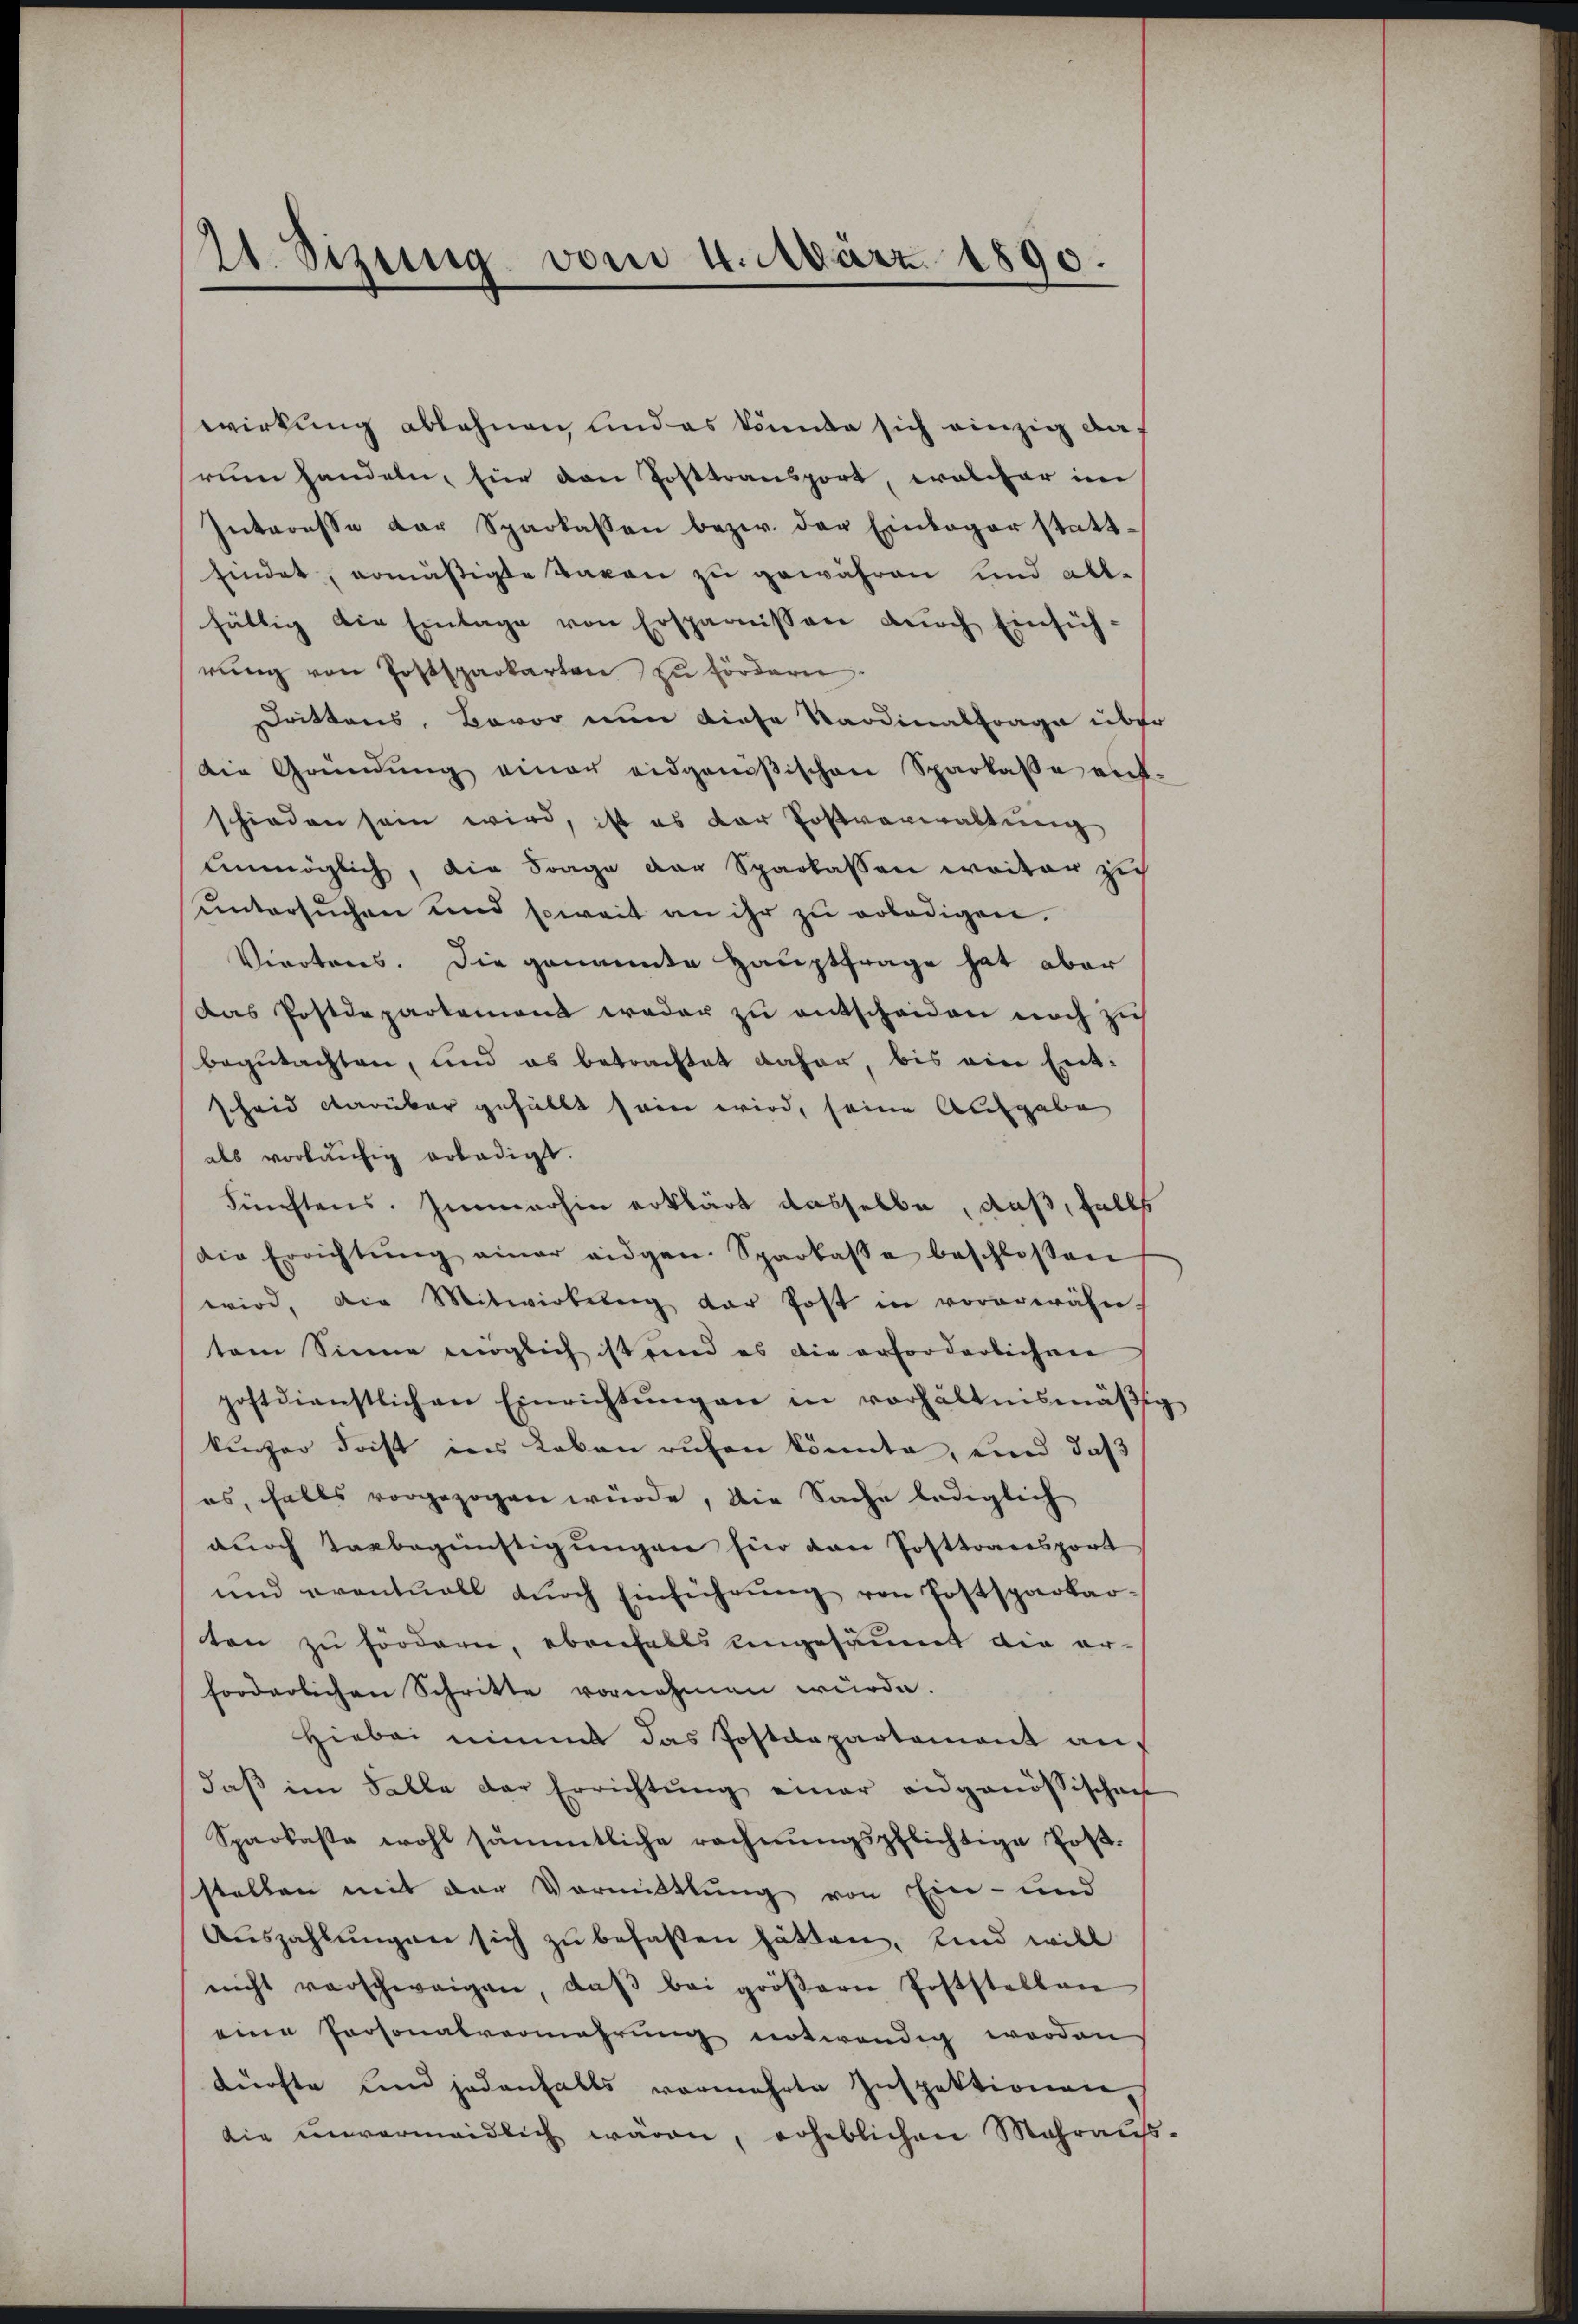
¬
A. Sizung vom 4. März. 1890.

wirkung ablehnen und es könnte sich einzig da-
rum handeln, für den Posttransport, welcher im
Interesse der Sparkassen bezw. der Einlager statt-
findet, ermäßigte Taxen zu gewähren und all-
hältig die Einlage von Ersparnissen dŭrch Einsich-
rŭng von Postsparkarten zu fördern.
Drittens, Baron nun diese Sardinalfrage über
die Gründŭng einer eidgenößischen Sparkasse ent
schieden sein wird, ist es der Postverwaltung
unmöglich, die Frage der Sparkassen weiter zu
ŭntersŭchen und soweit an ihr zŭ erledigen.
Viroteres. Die genannte Hauptfrage hat aber
Das Postdepartement weder zu entscheiden noch zu
begutachten, und es betrachtet daher, bis ein Entscheid darüber gehüllt sein wird, seine Aufgabe
als vorläufig erledigt.
Fünftens. Immerhin erklärt dasselbe, daß, falls
die Errichtŭng einer eidgen. Sparkasse beschlossen
wird, die Mitwirkŭng der Post in vorerwähn
tem Sinne möglich ist und es die erforderlichen
postdienstlichen Einrichtŭngen in verhältnismäβig
kunzer Frist ins Leben rufen könnte, und daß
es, falls vorgezogen würde, die Sache lediglich
durch Verbegünstigungen für den Posttransport
und eventuell dŭrch Einführŭng von Postsparkar-
ten zu fördern, ebenfalls ungesäumt die erforderlichen Schritte vornehmen würde.
Hiebei nimmt das Postdepartament andaβ im Falle der Errichtŭng einer eidgenössischen
Sparkaste wohl sämmtliche rechnungspflichtige Poststellen mit der Vormittlung von Ein- und
Auszahlungen sich zu behalten hätten. Und will
nicht verschweigen, daβ bei gröβern Poststellen
eine Personalvermehrung notwendig werden
dürfte und jedenfalls vermehrte Inspektionen,
die unvermeidlich wären, erheblichen Mohrauss

¬